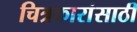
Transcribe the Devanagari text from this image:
चित्रकारांसाठी